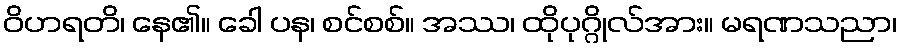
ဝိဟရတိ၊ နေ၏။ ခေါ ပန၊ စင်စစ်။ အဿ၊ ထိုပုဂ္ဂိုလ်အား။ မရဏသညာ၊